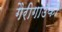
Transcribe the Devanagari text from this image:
गैरीगाउँकी